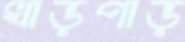
খাড়পাড়